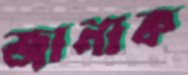
জানাক